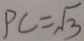
P C = \sqrt { 3 }